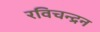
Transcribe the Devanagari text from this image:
रविचन्द्रन